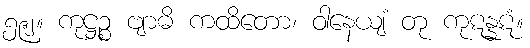
၅၉၂။ ကုဋ္ဌဉ္စ ဗျာဓိ ကထိတော၊ ဝါနေယျံ တု ကုဋန္နဋံ။